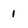
Character: 1